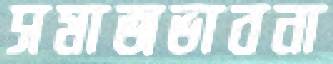
সমাজভাবনা